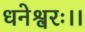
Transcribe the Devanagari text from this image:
धनेश्वरः।।